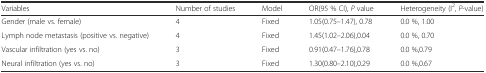
| Variables | Number of studies | Model | OR(95 % CI), P value | Heterogeneity (I2, P-value) |
 | --- | --- | --- | --- | --- |
 | Gender (male vs. female) | 4 | Fixed | 1.05(0.75–1.47), 0.78 | 0.0 %, 1.00 |
 | Lymph node metastasis (positive vs. negative) | 4 | Fixed | 1.45(1.02–2.06),0.04 | 0.0 %, 0.70 |
 | Vascular infiltration (yes vs. no) | 3 | Fixed | 0.91(0.47–1.76),0.78 | 0.0 %,0.79 |
 | Neural infiltration (yes vs. no) | 3 | Fixed | 1.30(0.80–2.10),0.29 | 0.0 %,0.67 |